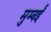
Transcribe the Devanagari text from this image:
मुम्बईं